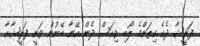
ފަރީޝާ ދެކެ ކިތަންމެ ލޯބި ވިއަސް ދެން އޭނާ ބޭނުން ވަނީ ފަރީޝާއާ